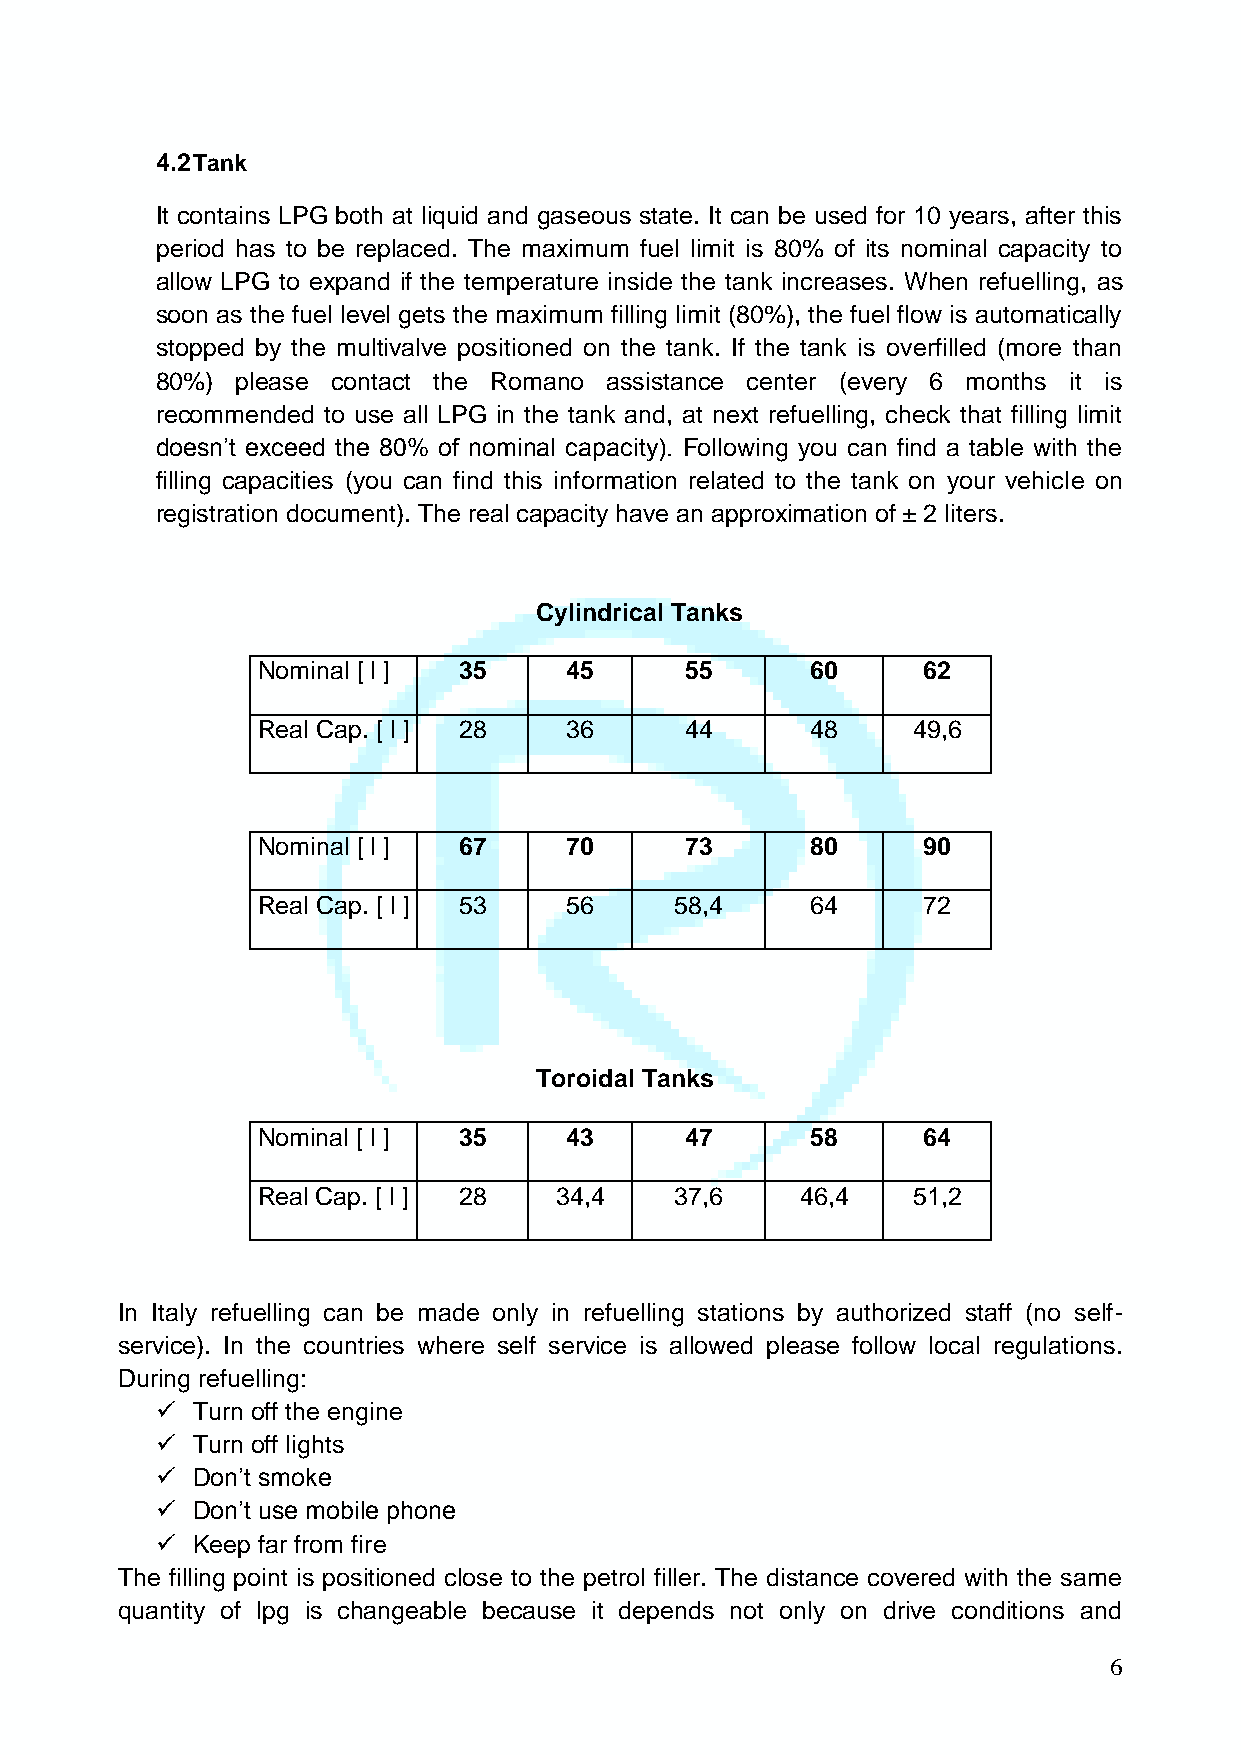
4.2 Tank
 It contains LPG both at liquid and gaseous state. It can be used for 10 years, after this
 period has to be replaced. The maximum fuel limit is 80% of its nominal capacity to
 allow LPG to expand if the temperature inside the tank increases. When refuelling, as
 soon as the fuel level gets the maximum filling limit (80%), the fuel flow is automatically
 stopped by the multivalve positioned on the tank. If the tank is overfilled (more than
 80%)  please contact the Romano assistance center (every 6 months it is
 recommended to use all LPG in the tank and, at next refuelling, check that filling limit
 doesn’t exceed the 80% of nominal capacity). Following you can find a table with the
 filling capacities (you can find this information related to the tank on your vehicle on
 registration document). The real capacity have an approximation of ± 2 liters.
 Cylindrical Tanks
 Nominal [ l ] 35    45      55       60     62
 Real Cap. [ l ] 28  36      44       48    49,6
 Nominal [ l ] 67    70      73       80     90
 Real Cap. [ l ] 53  56      58,4     64     72
 Toroidal Tanks
 Nominal [ l ] 35    43      47       58     64
 Real Cap. [ l ] 28  34,4    37,6    46,4   51,2
 In Italy refuelling can be made only in refuelling stations by authorized staff (no self-
 service). In the countries where self service is allowed please follow local regulations.
 During refuelling:
   Turn off the engine
   Turn off lights
   Don’t smoke
   Don’t use mobile phone
   Keep far from fire
 The filling point is positioned close to the petrol filler. The distance covered with the same
 quantity of lpg is changeable because it depends not only on drive conditions and
 6